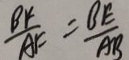
\frac { B F } { A F } = \frac { B E } { A B }